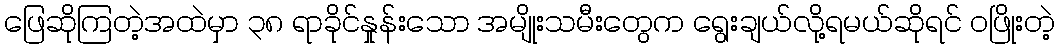
ဖြေဆိုကြတဲ့အထဲမှာ ၃၈ ရာခိုင်နှုန်းသော အမျိုးသမီးတွေက ရွေးချယ်လို့ရမယ်ဆိုရင် ဝဖြိုးတဲ့